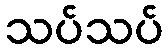
သပ်သပ်